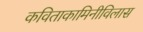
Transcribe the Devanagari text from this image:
कविताकामिनीविलास